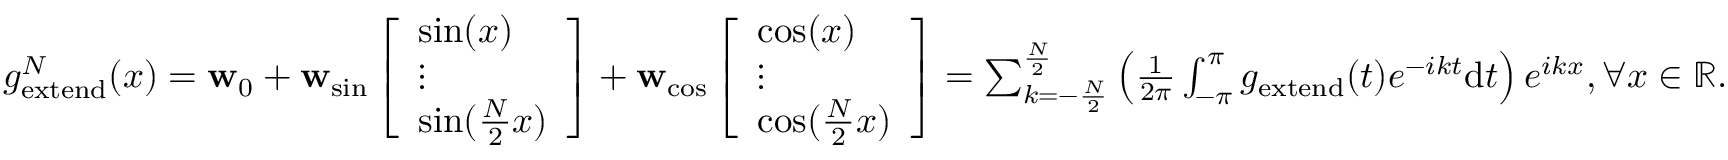
\begin{array} { r } { g _ { \mathrm { e x t e n d } } ^ { N } ( x ) = \mathbf { w } _ { 0 } + \mathbf { w } _ { \mathrm { s i n } } \left[ \begin{array} { l } { \sin ( x ) } \\ { \vdots } \\ { \sin ( \frac { N } { 2 } x ) } \end{array} \right] + \mathbf { w } _ { \mathrm { c o s } } \left[ \begin{array} { l } { \cos ( x ) } \\ { \vdots } \\ { \cos ( \frac { N } { 2 } x ) } \end{array} \right] = \sum _ { k = - \frac { N } { 2 } } ^ { \frac { N } { 2 } } \left( \frac { 1 } { 2 \pi } \int _ { - \pi } ^ { \pi } g _ { \mathrm { e x t e n d } } ( t ) e ^ { - i k { t } } \mathrm { d } { { t } } \right) e ^ { i { k } { x } } , \forall x \in \mathbb { R } . } \end{array}